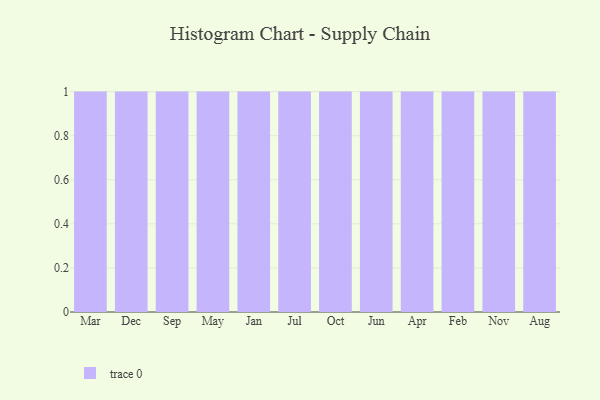
{"axis": {"x": "Month", "y": "LTV (USD)"}, "legend": [""], "data": [{"x": "Mar", "y": 26, "type": ""}, {"x": "Dec", "y": 5, "type": ""}, {"x": "Sep", "y": 30, "type": ""}, {"x": "May", "y": 29, "type": ""}, {"x": "Jan", "y": 44, "type": ""}, {"x": "Jul", "y": 65, "type": ""}, {"x": "Oct", "y": 25, "type": ""}, {"x": "Jun", "y": 46, "type": ""}, {"x": "Apr", "y": 99, "type": ""}, {"x": "Feb", "y": 56, "type": ""}, {"x": "Nov", "y": 4, "type": ""}, {"x": "Aug", "y": 95, "type": ""}]}